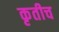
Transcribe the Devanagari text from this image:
कृतीच